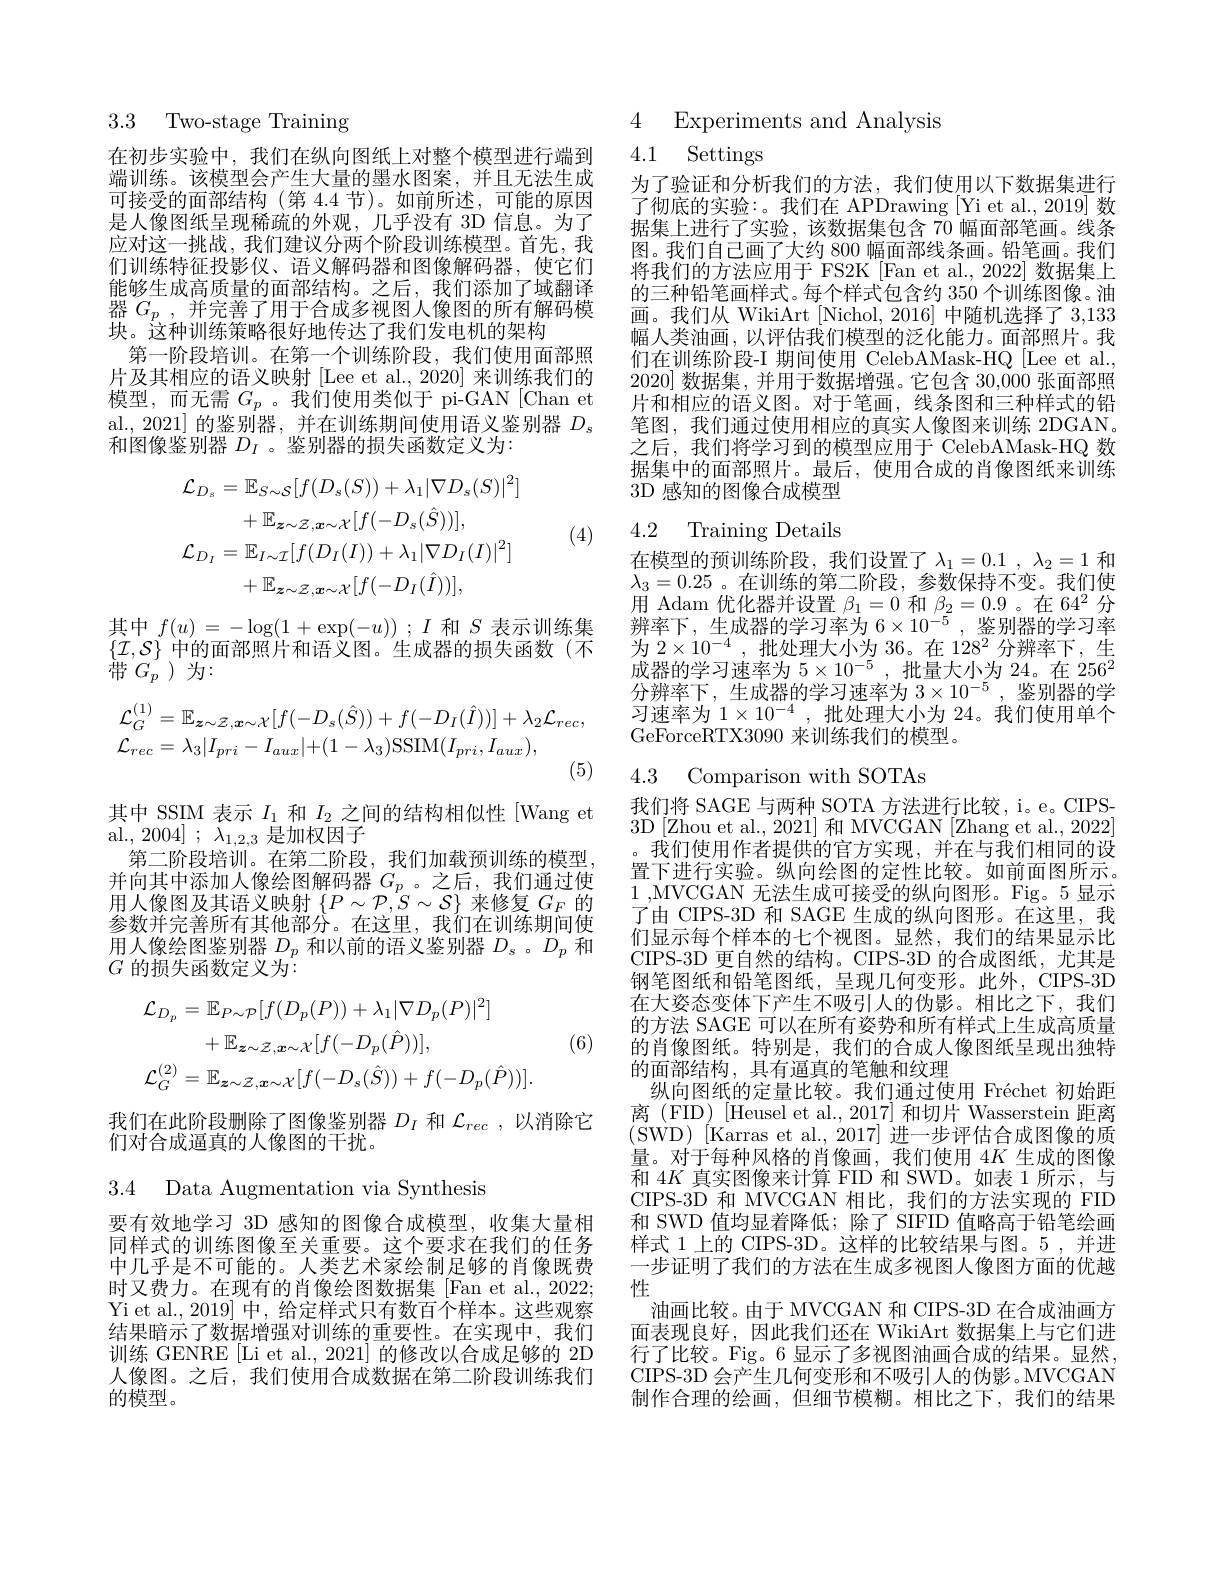
3.3 Two-stage Training

在初步实验中，我们在纵向图纸上对整个模型进行端到端训练。该模型会产生大量的墨水图案，并且无法生成可接受的面部结构(第 4.4 节)。如前所述，可能的原因是人像图纸呈现稀疏的外观，几乎没有 3D 信息。为了应对这一挑战，我们建议分两个阶段训练模型。首先，我们训练特征投影仪、语义解码器和图像解码器，使它们能够生成高质量的面部结构。之后，我们添加了域翻译器$G_p$ ,并完善了用于合成多视图人像图的所有解码模块。这种训练策略很好地传达了我们发电机的架构
第一阶段培训。在第一个训练阶段，我们使用面部照片及其相应的语义映射[Lee et al., 2020] 来训练我们的模型，而无需$G_p$ 。我们使用类似于 pi-GAN[Chan et $\begin{array}{l}\mathrm{al.,~2021]~}\text{的鉴别器，并在训练期间使用语义鉴别器 }D_{s}\\\end{array}$ 和图像鉴别器$D_I$ 。鉴别器的损失函数定义为：
$$\begin{aligned}&\mathcal{L}_{D_{s}}=\mathbb{E}_{S\sim\mathcal{S}}[f(D_{s}(S))+\lambda_{1}|\nabla D_{s}(S)|^{2}]\\&+\mathbb{E}_{\boldsymbol{z}\sim\mathcal{Z},\boldsymbol{x}\sim\mathcal{X}}[f(-D_{s}(\hat{S}))],\\&\mathcal{L}_{D_{I}}=\mathbb{E}_{I\sim\mathcal{I}}[f(D_{I}(I))+\lambda_{1}|\nabla D_{I}(I)|^{2}]\\&+\mathbb{E}_{\boldsymbol{z}\sim\mathcal{Z},\boldsymbol{x}\sim\mathcal{X}}[f(-D_{I}(\hat{I}))],\end{aligned}$$
(4)

其中$f( u) = - \log ( 1+ \exp ( - u) )$ ; $I$和$S$表示训练集$\{\mathcal{I},\mathcal{S}\}$中的面部照片和语义图。生成器的损失函数(不带$G_{p}$)为：
$$\begin{aligned}&\mathcal{L}_{G}^{(1)}=\mathbb{E}_{\boldsymbol{z}\sim\mathcal{Z},\boldsymbol{x}\sim\mathcal{X}}[f(-D_{s}(\hat{S}))+f(-D_{I}(\hat{I}))]+\lambda_{2}\mathcal{L}_{rec},\\&\mathcal{L}_{rec}=\lambda_{3}|I_{pri}-I_{aux}|+(1-\lambda_{3})\mathrm{SSIM}(I_{pri},I_{aux}),\end{aligned}$$
其中 SSIM 表示$I_1$和$I_2$之间的结构相似性 [Wang et
al., 2004] ; $\lambda_{1,2,3}$是加权因子
第二阶段培训。在第二阶段，我们加载预训练的模型， 并向其中添加人像绘图解码器$G_p$。之后，我们通过使用人像图及其语义映射$\left\{P\sim\mathcal{P},S\sim\mathcal{S}\right\}$来修复$G_F$的参数并完善所有其他部分。在这里，我们在训练期间使用人像绘图鉴别器$D_p$和以前的语义鉴别器$D_\mathrm{s}$ 。$D_p$和$G$ 的损失函数定义为$\vdots$
$$\begin{aligned}&\mathcal{L}_{D_{p}}=\mathbb{E}_{P\sim\mathcal{P}}[f(D_{p}(P))+\lambda_{1}|\nabla D_{p}(P)|^{2}]\\&+\mathbb{E}_{\boldsymbol{z}\sim\mathcal{Z},\boldsymbol{x}\sim\mathcal{X}}[f(-D_{p}(\hat{P}))],\\&\mathcal{L}_{G}^{(2)}=\mathbb{E}_{\boldsymbol{z}\sim\mathcal{Z},\boldsymbol{x}\sim\mathcal{X}}[f(-D_{s}(\hat{S}))+f(-D_{p}(\hat{P}))].\end{aligned}$$
(6)

我们在此阶段删除了图像鉴别器$D_I$和$\mathcal{L}_{rec}$,以消除它
们对合成逼真的人像图的干扰。

3.4 Data Augmentation via Synthesis

要有效地学习 3D 感知的图像合成模型，收集大量相同样式的训练图像至关重要。这个要求在我们的任务中几乎是不可能的。人类艺术家绘制足够的肖像既费时又费力。在现有的肖像绘图数据集 [Fan et al., 2022; Yi et al., 2019] 中，给定样式只有数百个样本。这些观察结果暗示了数据增强对训练的重要性。在实现中，我们训练 GENRE[Li et al., 2021] 的修改以合成足够的 2D 人像图。之后，我们使用合成数据在第二阶段训练我们的模型。

4 Experiments and Analysis

## 4.1 Settings

为了验证和分析我们的方法，我们使用以下数据集进行了彻底的实验：。我们在 APDrawing [Yi et al., 2019] 数据集上进行了实验，该数据集包含 70 幅面部笔画。线条图。我们自己画了大约 800 幅面部线条画。铅笔画。我们将我们的方法应用于 FS2K[Fan et al., 2022] 数据集上的三种铅笔画样式。每个样式包含约 350 个训练图像。油画。我们从 WikiArt [Nichol,2016] 中随机选择了 3,133幅人类油画，以评估我们模型的泛化能力。面部照片。我们在训练阶段-I 期间使用 CelebAMask-HQ [Lee et al., 2020]数据集，并用于数据增强。它包含 30,000 张面部照片和相应的语义图。对于笔画，线条图和三种样式的铅笔图，我们通过使用相应的真实人像图来训练 2DGAN。之后，我们将学习到的模型应用于 CelebAMask-HQ 数据集中的面部照片。最后，使用合成的肖像图纸来训练3D 感知的图像合成模型

## 4.2 Training Details

在模型的预训练阶段，我们设置了$\lambda _1= 0. 1$ , $\lambda _2= 1$ 和$\lambda_3=0.25$ 。在训练的第二阶段，参数保持不变。我们使用 Adam 优化器并设置$\beta_1=0$和$\beta_2=0.9$ 。在 64$^2$分辨率下，生成器的学习率为$6\times10^{-5}$ ,鉴别器的学习率为 2$\times 10^{- 4}$ ,批处理大小为 36。在 128$^2$分辨率下，生成器的学习速率为$5\times10^{-5}$,批量大小为 24。在 256$^2$ 分辨率下，生成器的学习速率为$3\times10^{-5}$,鉴别器的学习速率为$1\times10^{-4}$,批处理大小为 24。我们使用单个GeForceRTX3090 来训练我们的模型。

4.3 Comparison with SOTAs

我们将 SAGE 与两种 SOTA 方法进行比较，i。e。CIPS- 3D[Zhou et al., 2021] 和 MVCGAN [Zhang et al., 2022]
我们使用作者提供的官方实现，并在与我们相同的设置下进行实验。纵向绘图的定性比较。如前面图所示。1,MVCGAN 无法生成可接受的纵向图形。Fig。5 显示了由 CIPS-3D 和 SAGE 生成的纵向图形。在这里，我们显示每个样本的七个视图。显然，我们的结果显示比CIPS-3D 更自然的结构。CIPS-3D 的合成图纸，尤其是钢笔图纸和铅笔图纸，呈现几何变形。此外，CIPS-3D 在大姿态变体下产生不吸引人的伪影。相比之下，我们的方法 SAGE 可以在所有姿势和所有样式上生成高质量的肖像图纸。特别是，我们的合成人像图纸呈现出独特的面部结构，具有逼真的笔触和纹理
纵向图纸的定量比较。我们通过使用 Fréchet 初始距离(FID)[Heusel et al., 2017]和切片 Wasserstein 距离(SWD)[Karras et al.,2017]进一步评估合成图像的质量。对于每种风格的肖像画，我们使用 4$K$生成的图像和$4K$真实图像来计算 FID 和 SWD。如表 1 所示，与CIPS-3D 和 MVCGAN 相比，我们的方法实现的 FID 和 SWD 值均显着降低；除了 SIFID 值略高于铅笔绘画样式 1 上的 CIPS-3D。这样的比较结果与图。5 ,并进一步证明了我们的方洗在牛成多视图人像图方面的优越性
油画比较。由于 MVCGAN 和 CIPS-3D 在合成油画方面表现良好，因此我们还在 WikiArt 数据集上与它们进行了比较。Fig。6 显示了多视图油画合成的结果。显然， CIPS-3D 会产生几何变形和不吸引人的伪影。MVCGAN 制作合理的绘画，但细节模糊。相比之下，我们的结果